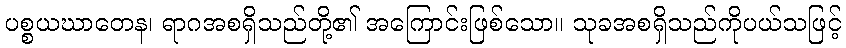
ပစ္စယဃာတေန၊ ရာဂအစရှိသည်တို့၏ အကြောင်းဖြစ်သော။ သုခအစရှိသည်ကိုပယ်သဖြင့်